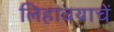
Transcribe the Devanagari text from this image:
लिहावयाचें